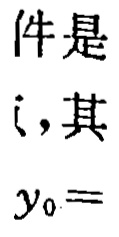
件是$i$,其
$y_{0}=$